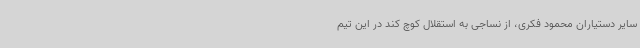
سایر دستیاران محمود فکری، از نساجی به استقلال کوچ کند در این تیم